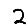
Digit: 2